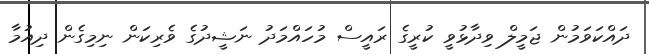
ދައްކަވަމުން ޖަމީލް ވިދާޅުވީ ކުރީގެ ރައީސް މުހައްމަދު ނަޝީދުގެ ވެރިކަން ނިމިގެން ދިއުމާ